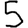
Digit: 5